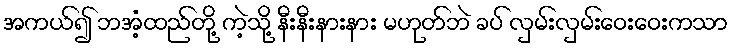
အကယ်၍ ဘအံ့ထည်တို့ ကဲ့သို့ နီးနီးနားနား မဟုတ်ဘဲ ခပ် လှမ်းလှမ်းဝေးဝေးကသာ